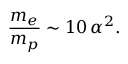
{ \frac { m _ { e } } { m _ { p } } } \sim 1 0 \, \alpha ^ { 2 } .